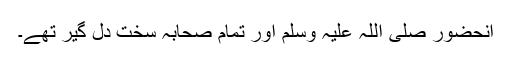
آنحضور صلی اللہ علیہ وسلم اور تمام صحابہ سخت دل گیر تھے۔